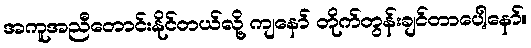
အကူအညီတောင်းနိုင်တယ်လို့ ကျနော် တိုက်တွန်းချင်တာပေါ့နော်။